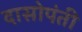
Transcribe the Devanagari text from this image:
दासोपंती